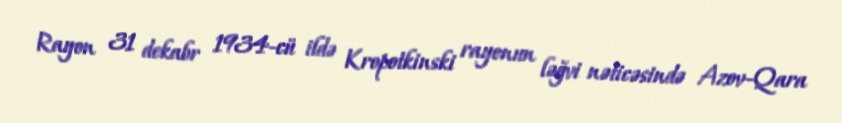
Rayon 31 dekabr 1934-cü ildə Kropotkinski rayonun ləğvi nəticəsində Azov-Qara